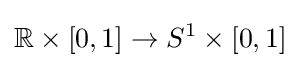
\mathbb {R} \times [0,1]\to S^{1}\times [0,1]